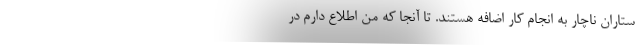
ستاران ناچار به انجام کار اضافه هستند. تا آنجا که من اطلاع دارم در